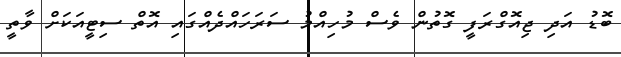
ބޮޑު އަދި ޖިއޮގްރަފީ ގޮތުން ވެސް މުހިއްމު ސަރަހައްދެއްގައި އޮތް ސިޓީއަކަށް ވާތީ